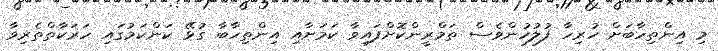
މި އިންތިހާބަށް ހުރިހާ ފުލުހުންވެސް ތަމްރީންކޮށްފައިވާ ކަމަށާއި އިންތިހާބާ ގުޅޭ ކަންކަމުގައި ހަރަކާތްތެރިވާ